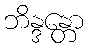
ဘိန္ဒန္တော